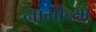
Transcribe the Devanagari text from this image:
नाभीच्या